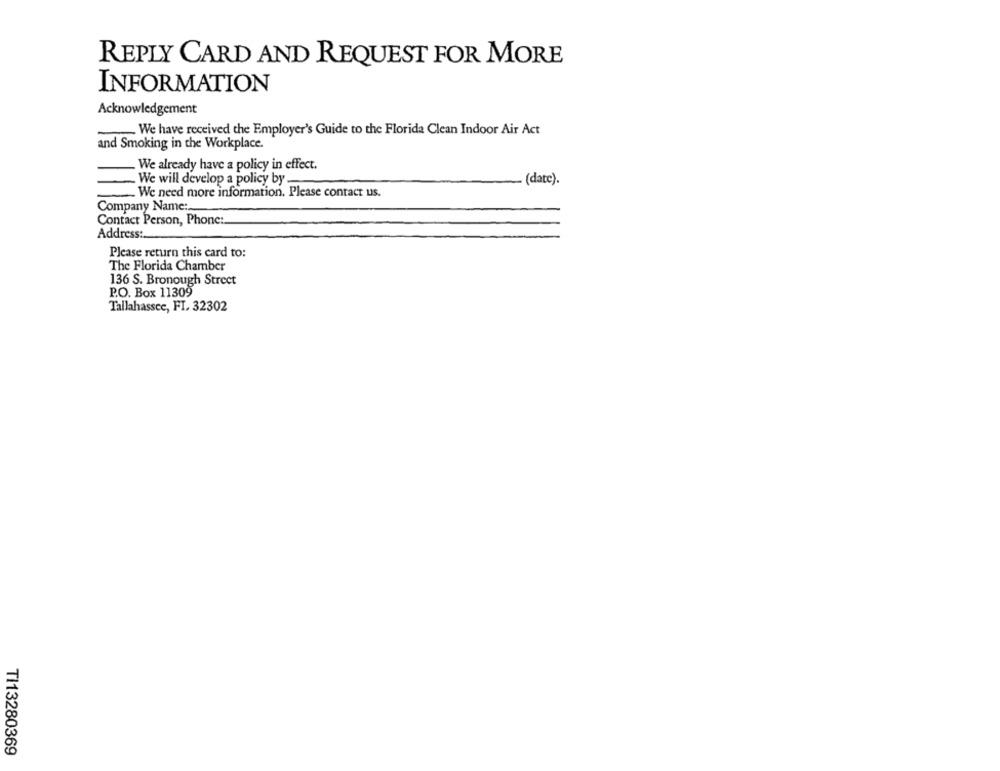
REPLY CARD AND REQUEST FOR MORE
INFORMATION
Acknowledgement
We have received the Employer's Guide to the Florida Clean Indoor Air Act
and Smoking in the Workplace.
We already have a policy in effect.
- We will develop a policy by .
(date).
We need more information. Please contact us.
Company Name:
Contact Person, Phone:
Address :..
Please return this card to:
The Florida Chamber
136 S. Bronough Street
P.O. Box 11309
Tallahassee, FI, 32302
TI13280369